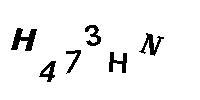
H473HN